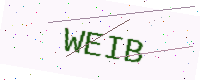
Text: WEIB